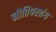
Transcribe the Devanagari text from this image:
नीतिपरग्रंथ